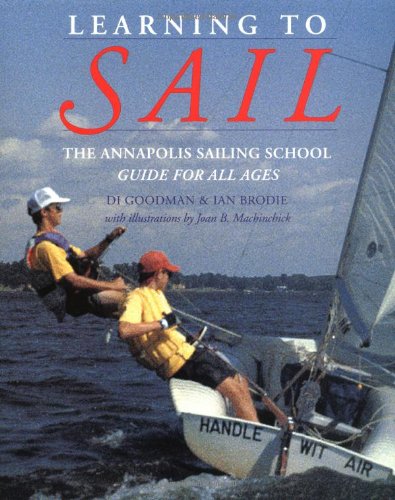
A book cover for Learning to Sail: The Annapolis Sailing School Guide for All Ages; Di Goodman; Sports & Outdoors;